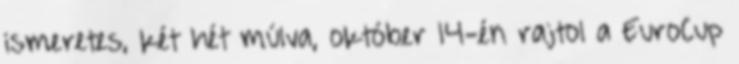
ismeretes, két hét múlva, október 14-én rajtol a EuroCup